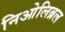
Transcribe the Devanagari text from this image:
निओलिब्रल